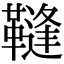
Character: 䩼